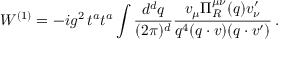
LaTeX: W ^ { ( 1 ) } = - i g ^ { 2 } \, t ^ { a } t ^ { a } \int \frac { d ^ { d } q } { ( 2 \pi ) ^ { d } } \frac { v _ { \mu } { \mit \Pi } _ { R } ^ { \mu \nu } ( q ) v _ { \nu } ^ { \prime } } { q ^ { 4 } ( q \cdot v ) ( q \cdot v ^ { \prime } ) } \, .